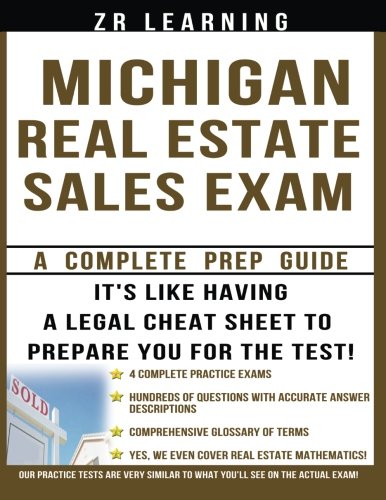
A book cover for Michigan Real Estate Sales Exam; ZR Learning LLC; Business & Money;